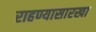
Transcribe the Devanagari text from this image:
राहण्यासारखा